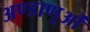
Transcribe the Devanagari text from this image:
अण्डाणूओं